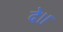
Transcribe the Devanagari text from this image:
दे।।